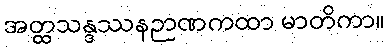
အတ္ထသန္ဒဿနဉာဏကထာ မာတိကာ။